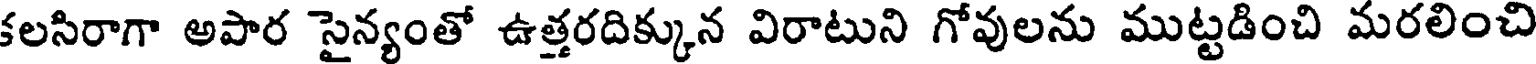
కలసిరాగా అపార సైన్యంతో ఉత్తరదిక్కున విరాటుని గోవులను ముట్టడించి మరలించి